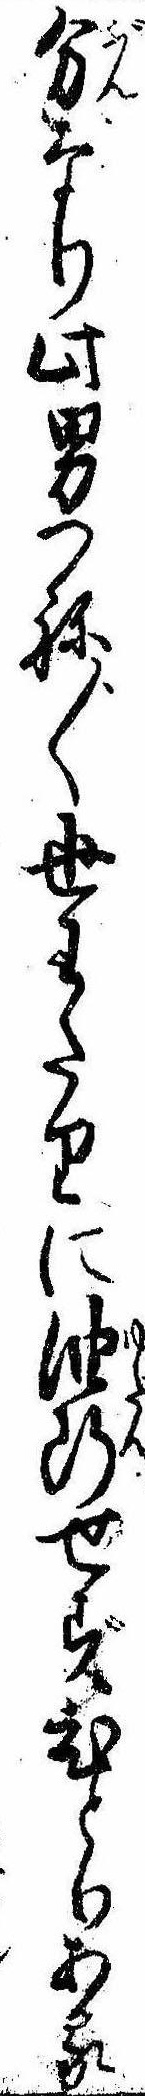
分なり此男つね〲世わたりに油断せずひとりある